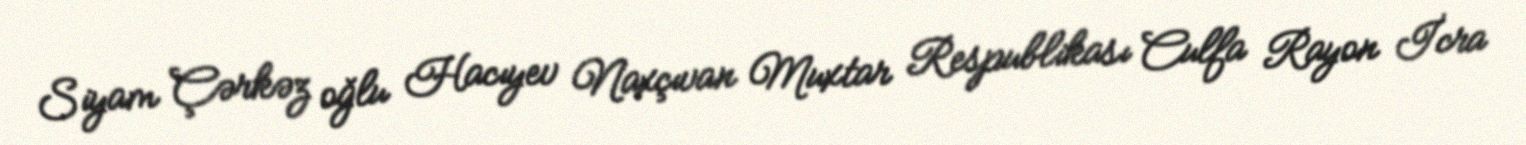
Siyam Çərkəz oğlu Hacıyev Naxçıvan Muxtar Respublikası Culfa Rayon İcra